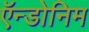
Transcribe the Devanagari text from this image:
ऍन्डोनिम